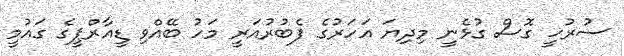
ސުރުޚީ ގޮސް ގުޅެނީ މިދިޔަ އަހަރުގެ ފެބުރުއަރީ މަހު ބޭއްވި ޑީއާރްޕީގެ ގައުމީ